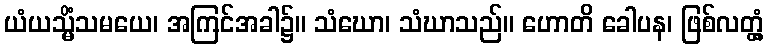
ယံယသ္မိံသမယေ၊ အကြင်အခါ၌။ သံဃော၊ သံဃာသည်။ ဟောတိ ခေါပန၊ ဖြစ်လတ္တံ့